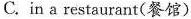
C.in a restaurant(餐馆) )